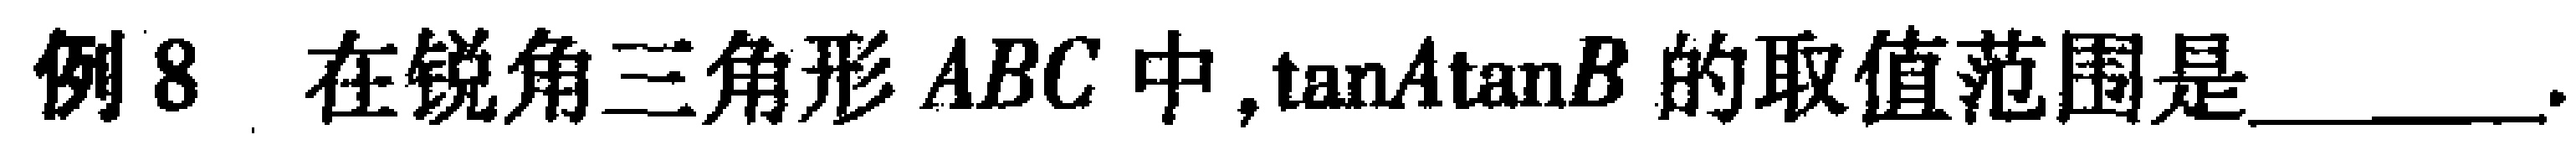
例8 在锐角三角形 \(ABC\) 中,\(\tan A\tan B\) 的取值范围是________.